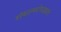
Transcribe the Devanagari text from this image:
संकल्परोपट्याचे